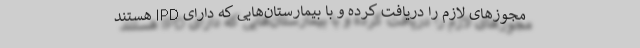
مجوزهای لازم را دریافت کرده و با بیمارستان‌هایی که دارای IPD هستند